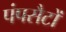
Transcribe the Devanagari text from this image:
पंपसैटों